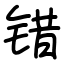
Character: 错